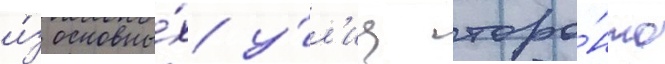
и́з основны́х у́л'иц торо́нто